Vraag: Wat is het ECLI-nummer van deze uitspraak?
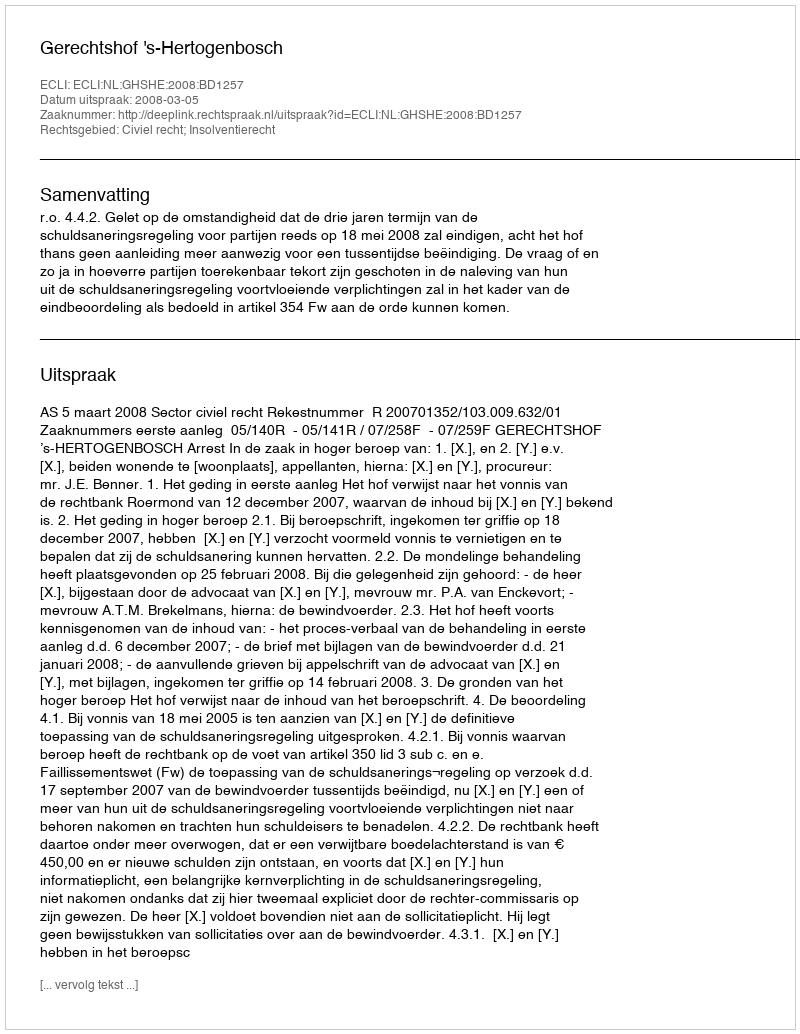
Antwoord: ECLI:NL:GHSHE:2008:BD1257